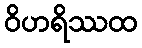
ဝိဟရိဿထ